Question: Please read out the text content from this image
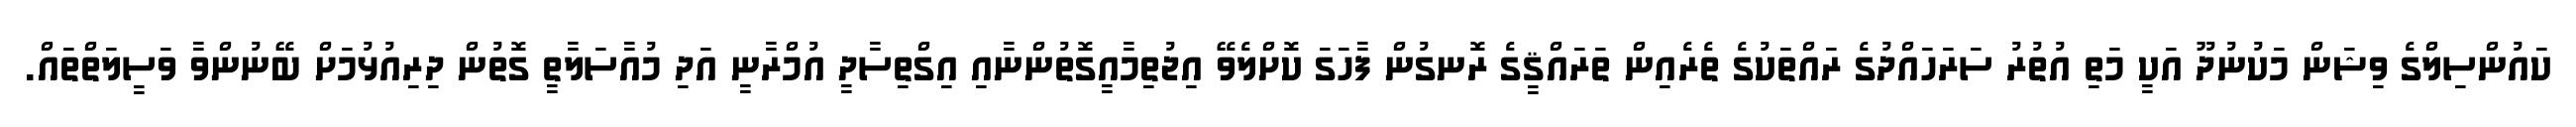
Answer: ކައުންސިލްގެ ވިޝަން މަކުނުދޫ އަކީ މަތި އުތުރު ސަރަހައްދުގެ ރައްތަކުގެ ތެރެއިން ތަރައްޤީގެ ރޮނގުން ފާހަގަ ކޮށްލެވޭ އިޖުތިމާއީގޮތުންނާއި އިގްތިސާދީ އުމްރާނީ އަދި މުއާސަލާތީ ގޮތުން ދިރިއުޅުމަށް ބޭނުންވާ ވަސީލަތްތައް.